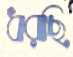
ধরছি